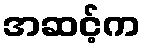
အဆင့်က